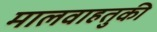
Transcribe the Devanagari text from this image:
मालवाहतुकी